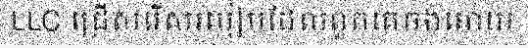
LLC ជ្រើសរើសរបៀបដែលពួកគេចង់អោយ